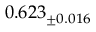
0 . 6 2 3 _ { \pm 0 . 0 1 6 }